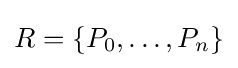
R=\{P_{0},\ldots ,P_{n}\}